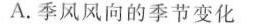
A.季风风向的季节变化